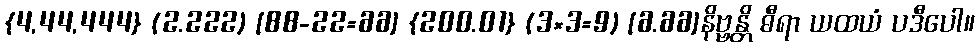
{4,44,444} (2.222) [88-22=66] {200.01} (3×3=9) [6.66]နိဗ္ဗန္တိ ဓီရာ ယထယံ ပဒီပေါ။